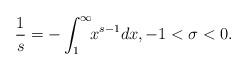
LaTeX: \begin{align*}\frac{1}{s} = - \int_1^\infty \!\! x^{s-1} dx, -1 < \sigma <0. \end{align*}